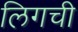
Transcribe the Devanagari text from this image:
लिगची